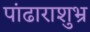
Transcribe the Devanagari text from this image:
पांढाराशुभ्र